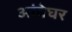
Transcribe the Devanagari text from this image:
आंबेघर